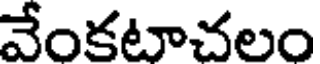
వేంకటాచలం